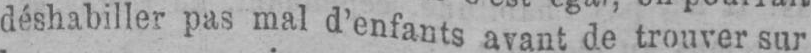
déshabiller pas mal d’enfants avant de trouver sur